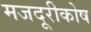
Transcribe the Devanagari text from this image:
मजदूरीकोष